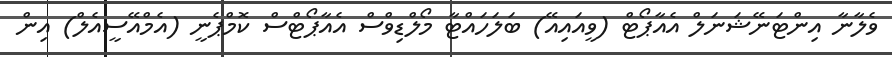
ވެލާނާ އިންޓަނޭޝަނަލް އެއާޕޯޓް (ވީއައިއޭ) ބަލަހައްޓާ މޯލްޑިވްސް އެއާޕޯޓްސް ކޮމްޕެނީ (އެމްއޭސީއެލް) އިން